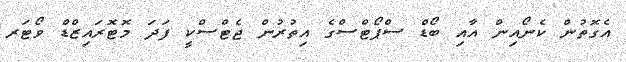
އެގޮތުން ކެނޯއިން އާއި ބޯޑް ސްޕޯޓްސްގެ އިތުރުން ޖެޓްސްކީ ފަދަ މޮޓޮރައިޒްޑް ވޯޓަރ